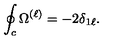
\oint _ { c } \Omega ^ { ( \ell ) } = - 2 \delta _ { 1 \ell } .